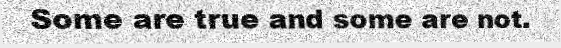
Some are true and some are not.